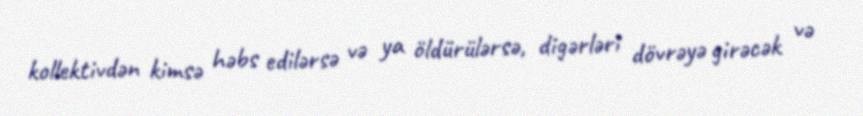
kollektivdən kimsə həbs edilərsə və ya öldürülərsə, digərləri dövrəyə girəcək və